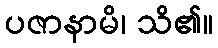
ပဇာနာမိ၊ သိ၏။